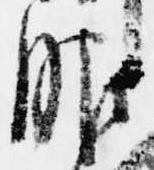
服